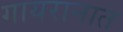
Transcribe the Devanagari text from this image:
गायरानात